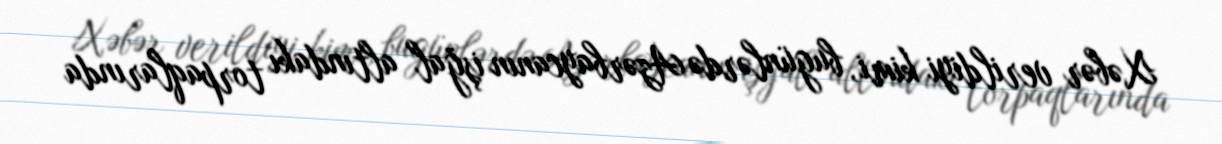
Xəbər verildiyi kimi, bugünlərdə Azərbaycanın işğal altındakı torpaqlarında